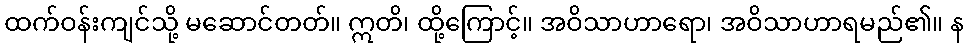
ထက်ဝန်းကျင်သို့ မဆောင်တတ်။ ဣတိ၊ ထို့ကြောင့်။ အဝိသာဟာရော၊ အဝိသာဟာရမည်၏။ န